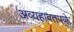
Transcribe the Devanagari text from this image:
अव्यहावतपणे